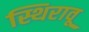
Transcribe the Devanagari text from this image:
स्थिरावू